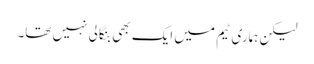
لیکن ہماری ٹیم میں ایک بھی بنگالی نہیں تھا۔